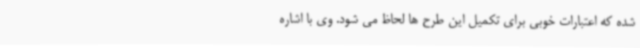
شده که اعتبارات خوبی برای تکمیل این طرح ها لحاظ می شود. وی با اشاره